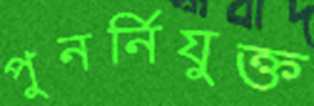
পুনর্নিযুক্ত